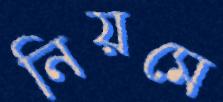
নিয়মে